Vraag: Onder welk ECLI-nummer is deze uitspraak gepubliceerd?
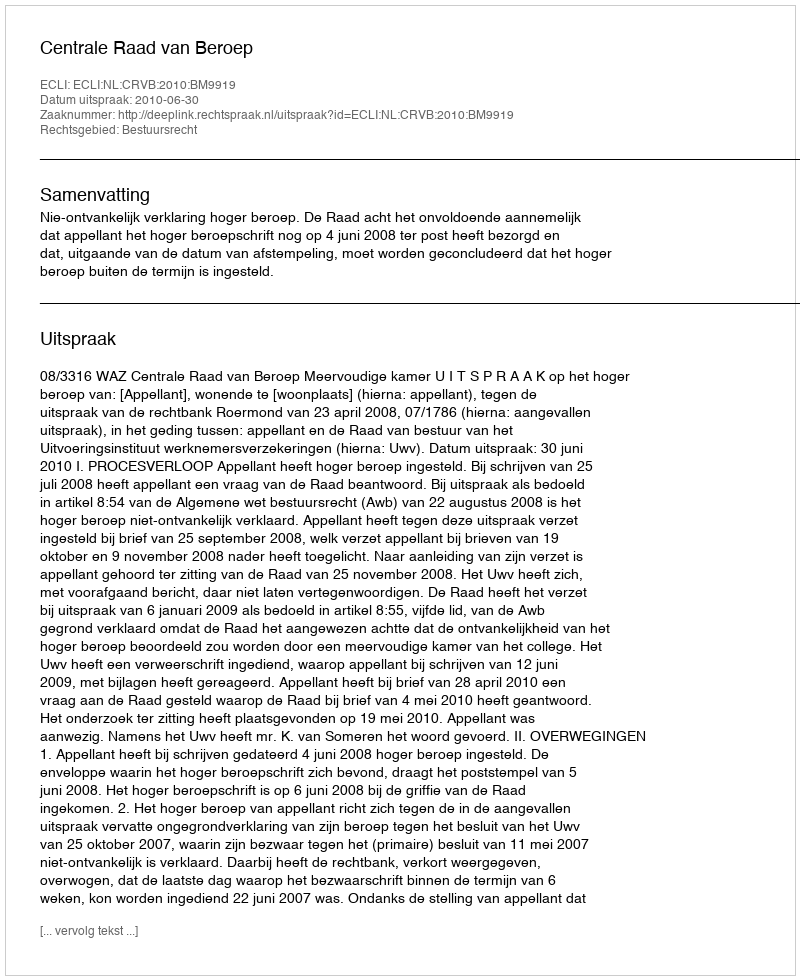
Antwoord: ECLI:NL:CRVB:2010:BM9919